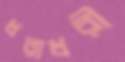
ধরাধরী